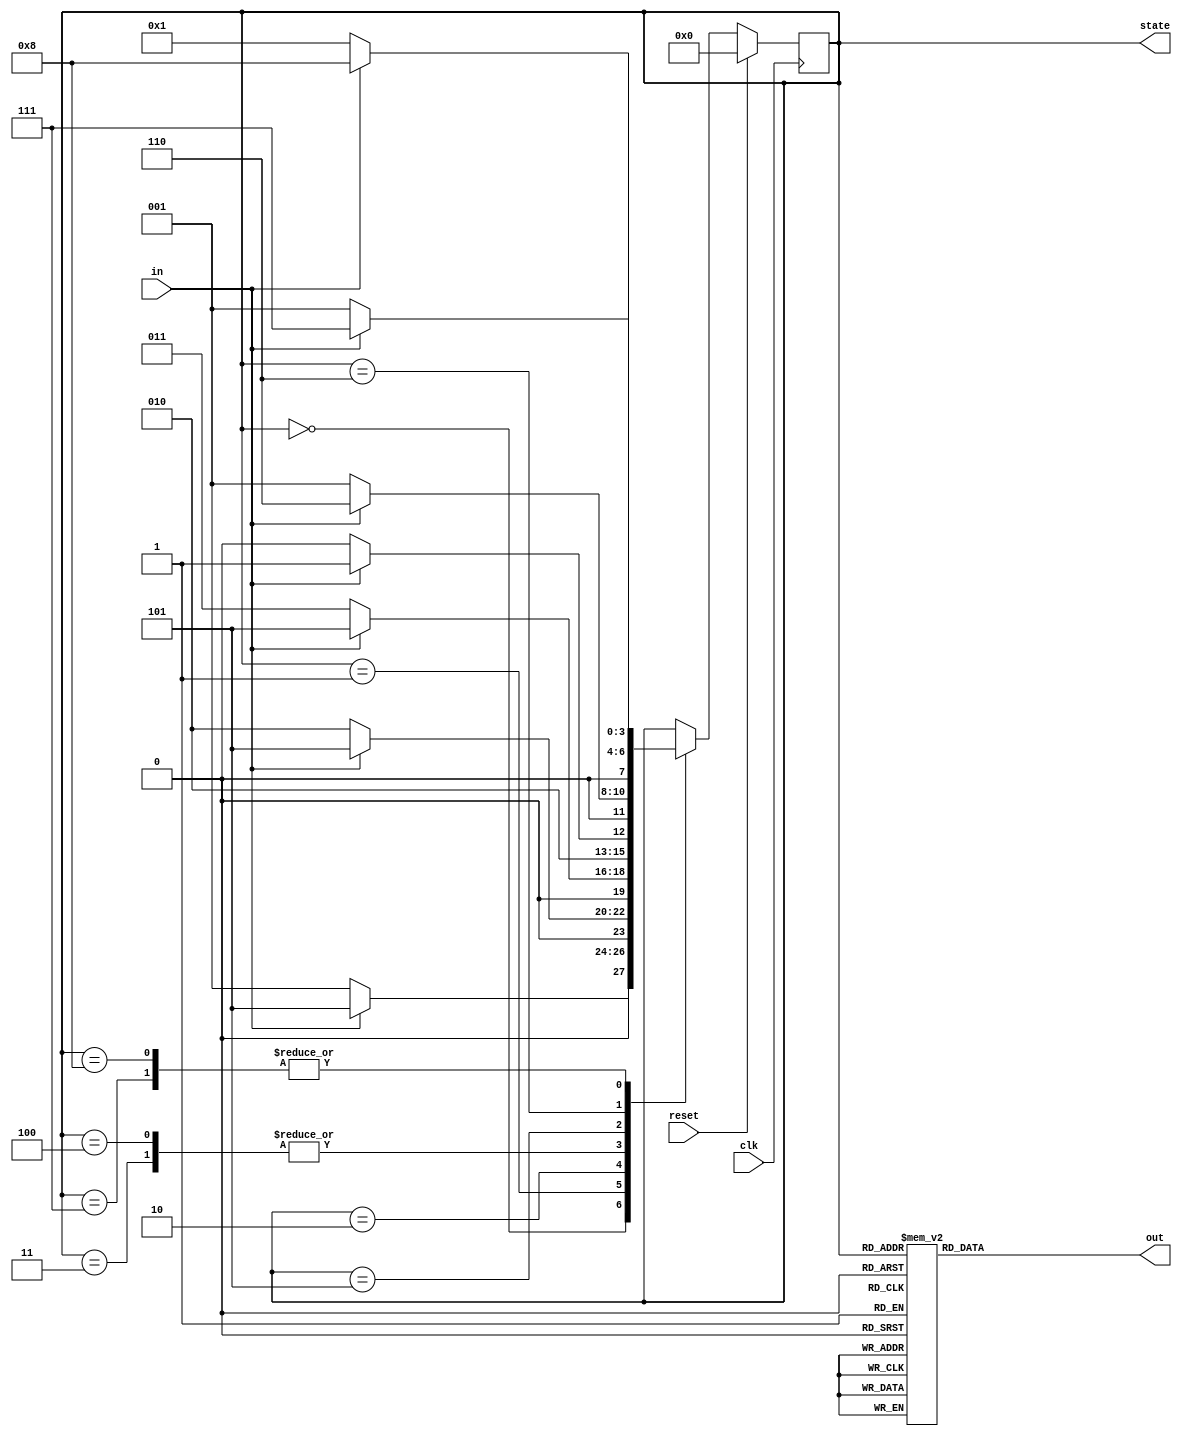
module FSM_bin (
	input clk, input in, input reset, 
	output reg out,output reg [3:0] state
);

	parameter S0 = 0, S1 = 1, S2 = 2, S3 = 3, S4 = 4, S5 = 5, S6 = 6, S7 = 7, S8 = 8;
// Output depends only on the state 
	always @ (state) 
	begin 
		case (state)
			S0: 	out=1'b0;
			S1: 	out=1'b0;
			S2: 	out=1'b0;
			S3: 	out=1'b0;
			S4: 	out=1'b0;
			S5: 	out=1'b0;
			S6: 	out=1'b0;
			S7: 	out=1'b0;
			S8:	out=1'b1;
			default: out=1'bx;
		endcase 
	end
// Determine the next state 
	always @ (posedge clk) 
	begin
		if (reset) 
			state <= S0; 
		else
			case (state)
			S0: if (in) state <= S5; else state <= S1; 
			S1: if (in) state <= S5; else state <= S2; 
			S2: if (in) state <= S5; else state <= S3; 
			S3: if (in) state <= S5; else state <= S4; 
			S4: if (in) state <= S5; else state <= S4; 
			S5: if (in) state <= S6; else state <= S1; 
			S6: if (in) state <= S7; else state <= S1; 
			S7: if (in) state <= S8; else state <= S1; 
			S8: if (in) state <= S8; else state <= S1;
			endcase 
	
end endmodule